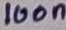
Text: 100n